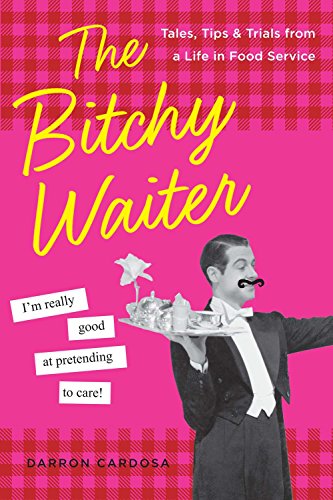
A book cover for The Bitchy Waiter: Tales, Tips & Trials from a Life in Food Service; Darron Cardosa; Humor & Entertainment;